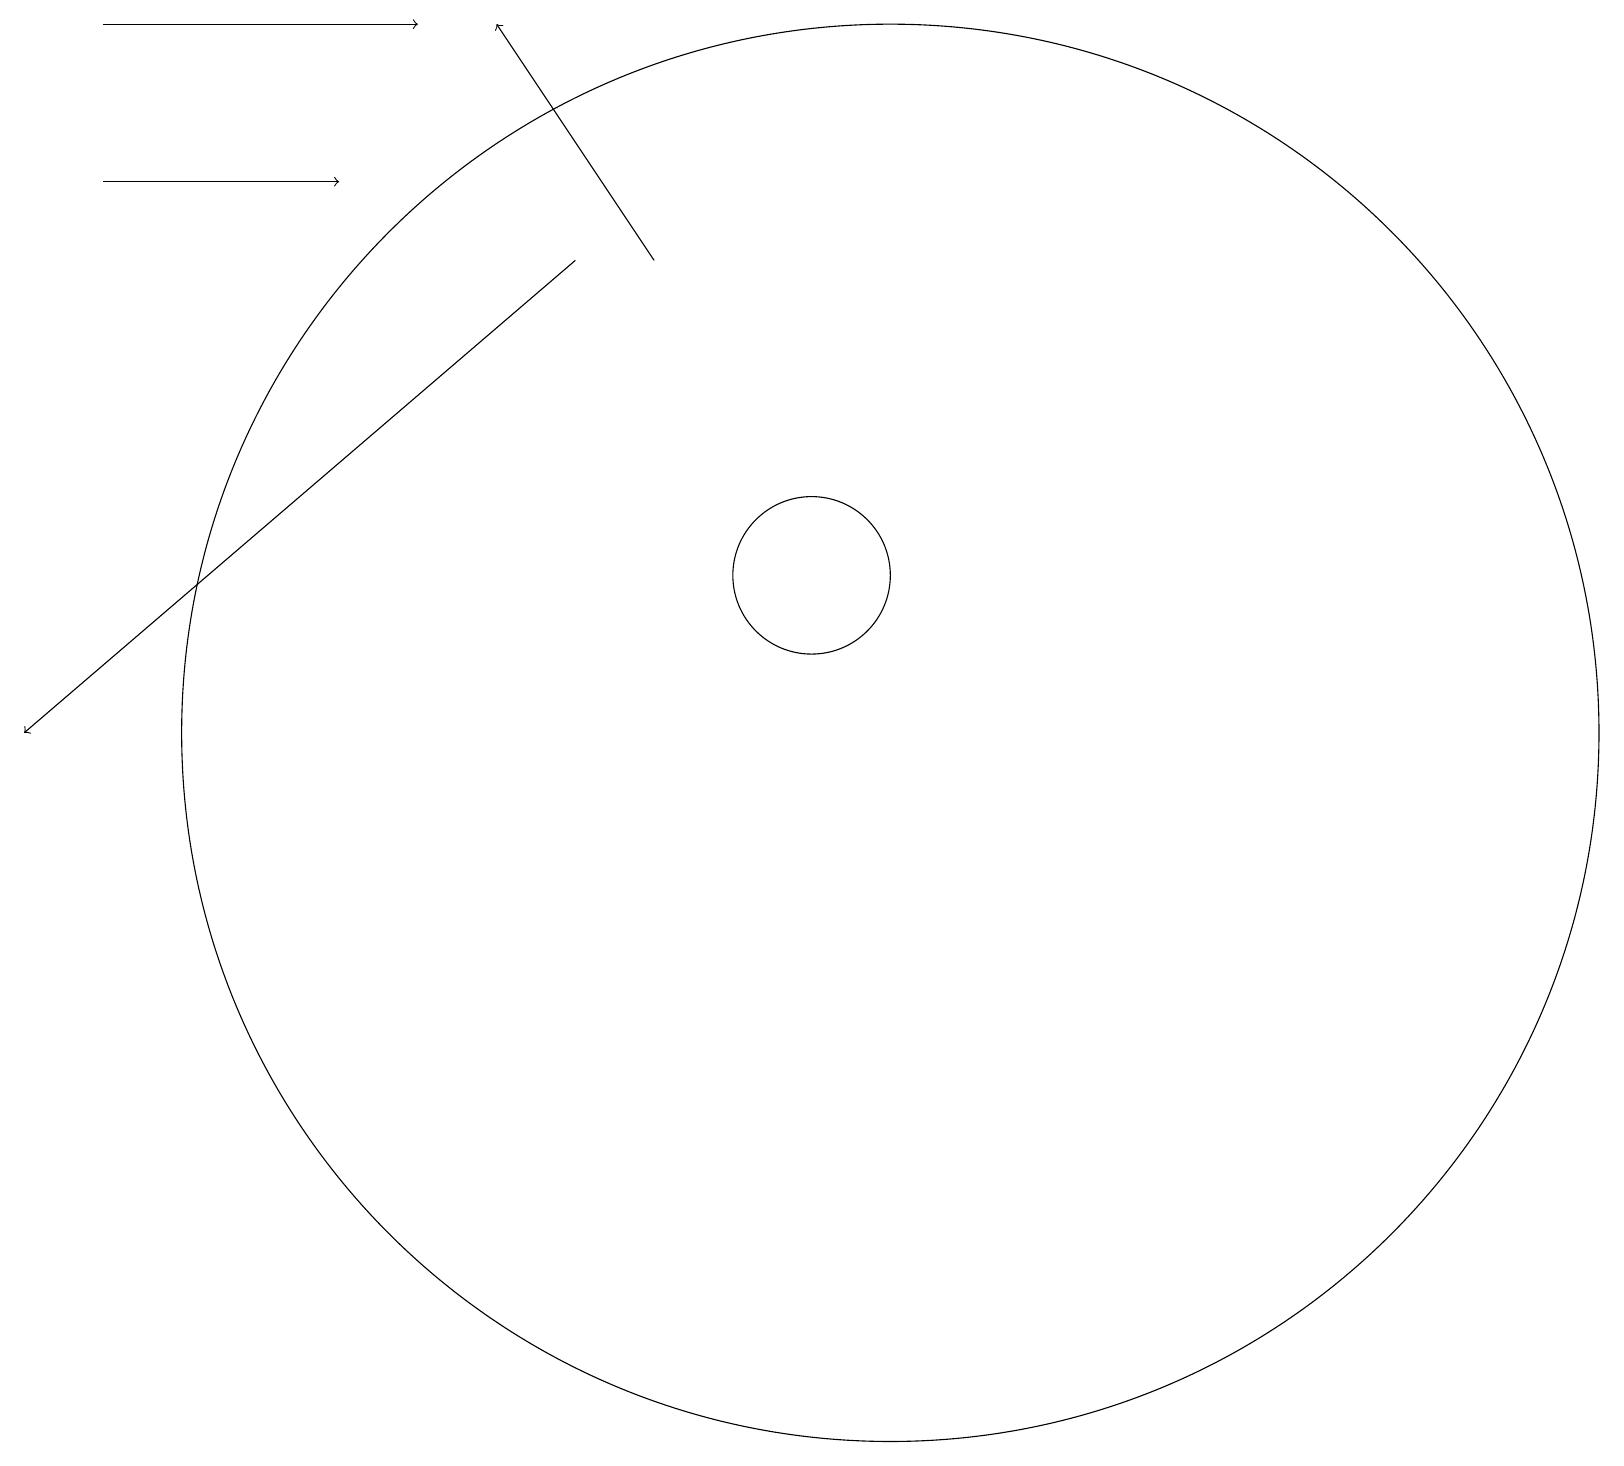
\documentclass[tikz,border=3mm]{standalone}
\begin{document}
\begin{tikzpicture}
\draw (12,10) circle (9);
\draw (11,12) circle (1);
\draw[->] (9,16) -- (7,19);
\draw[->] (8,16) -- (1,10);
\draw[->] (2,17) -- (5,17);
\draw[->] (2,19) -- (6,19);
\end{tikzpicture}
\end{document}